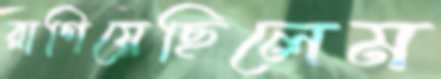
রাগিয়েছিলেম